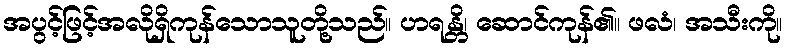
အပွင့်ဖြင့်အလိုရှိကုန်သောသူတို့သည်။ ဟရန္တိ၊ ဆောင်ကုန်၏။ ဖလံ၊ အသီးကို။